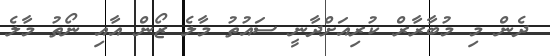
ދެން މި މުބާރާރް ކުރިއަށްދާނީ ސައުތު މާލެ ޒޯން އާއި ނޯތު މާލެ